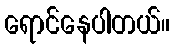
ရောင်နေပါတယ်။